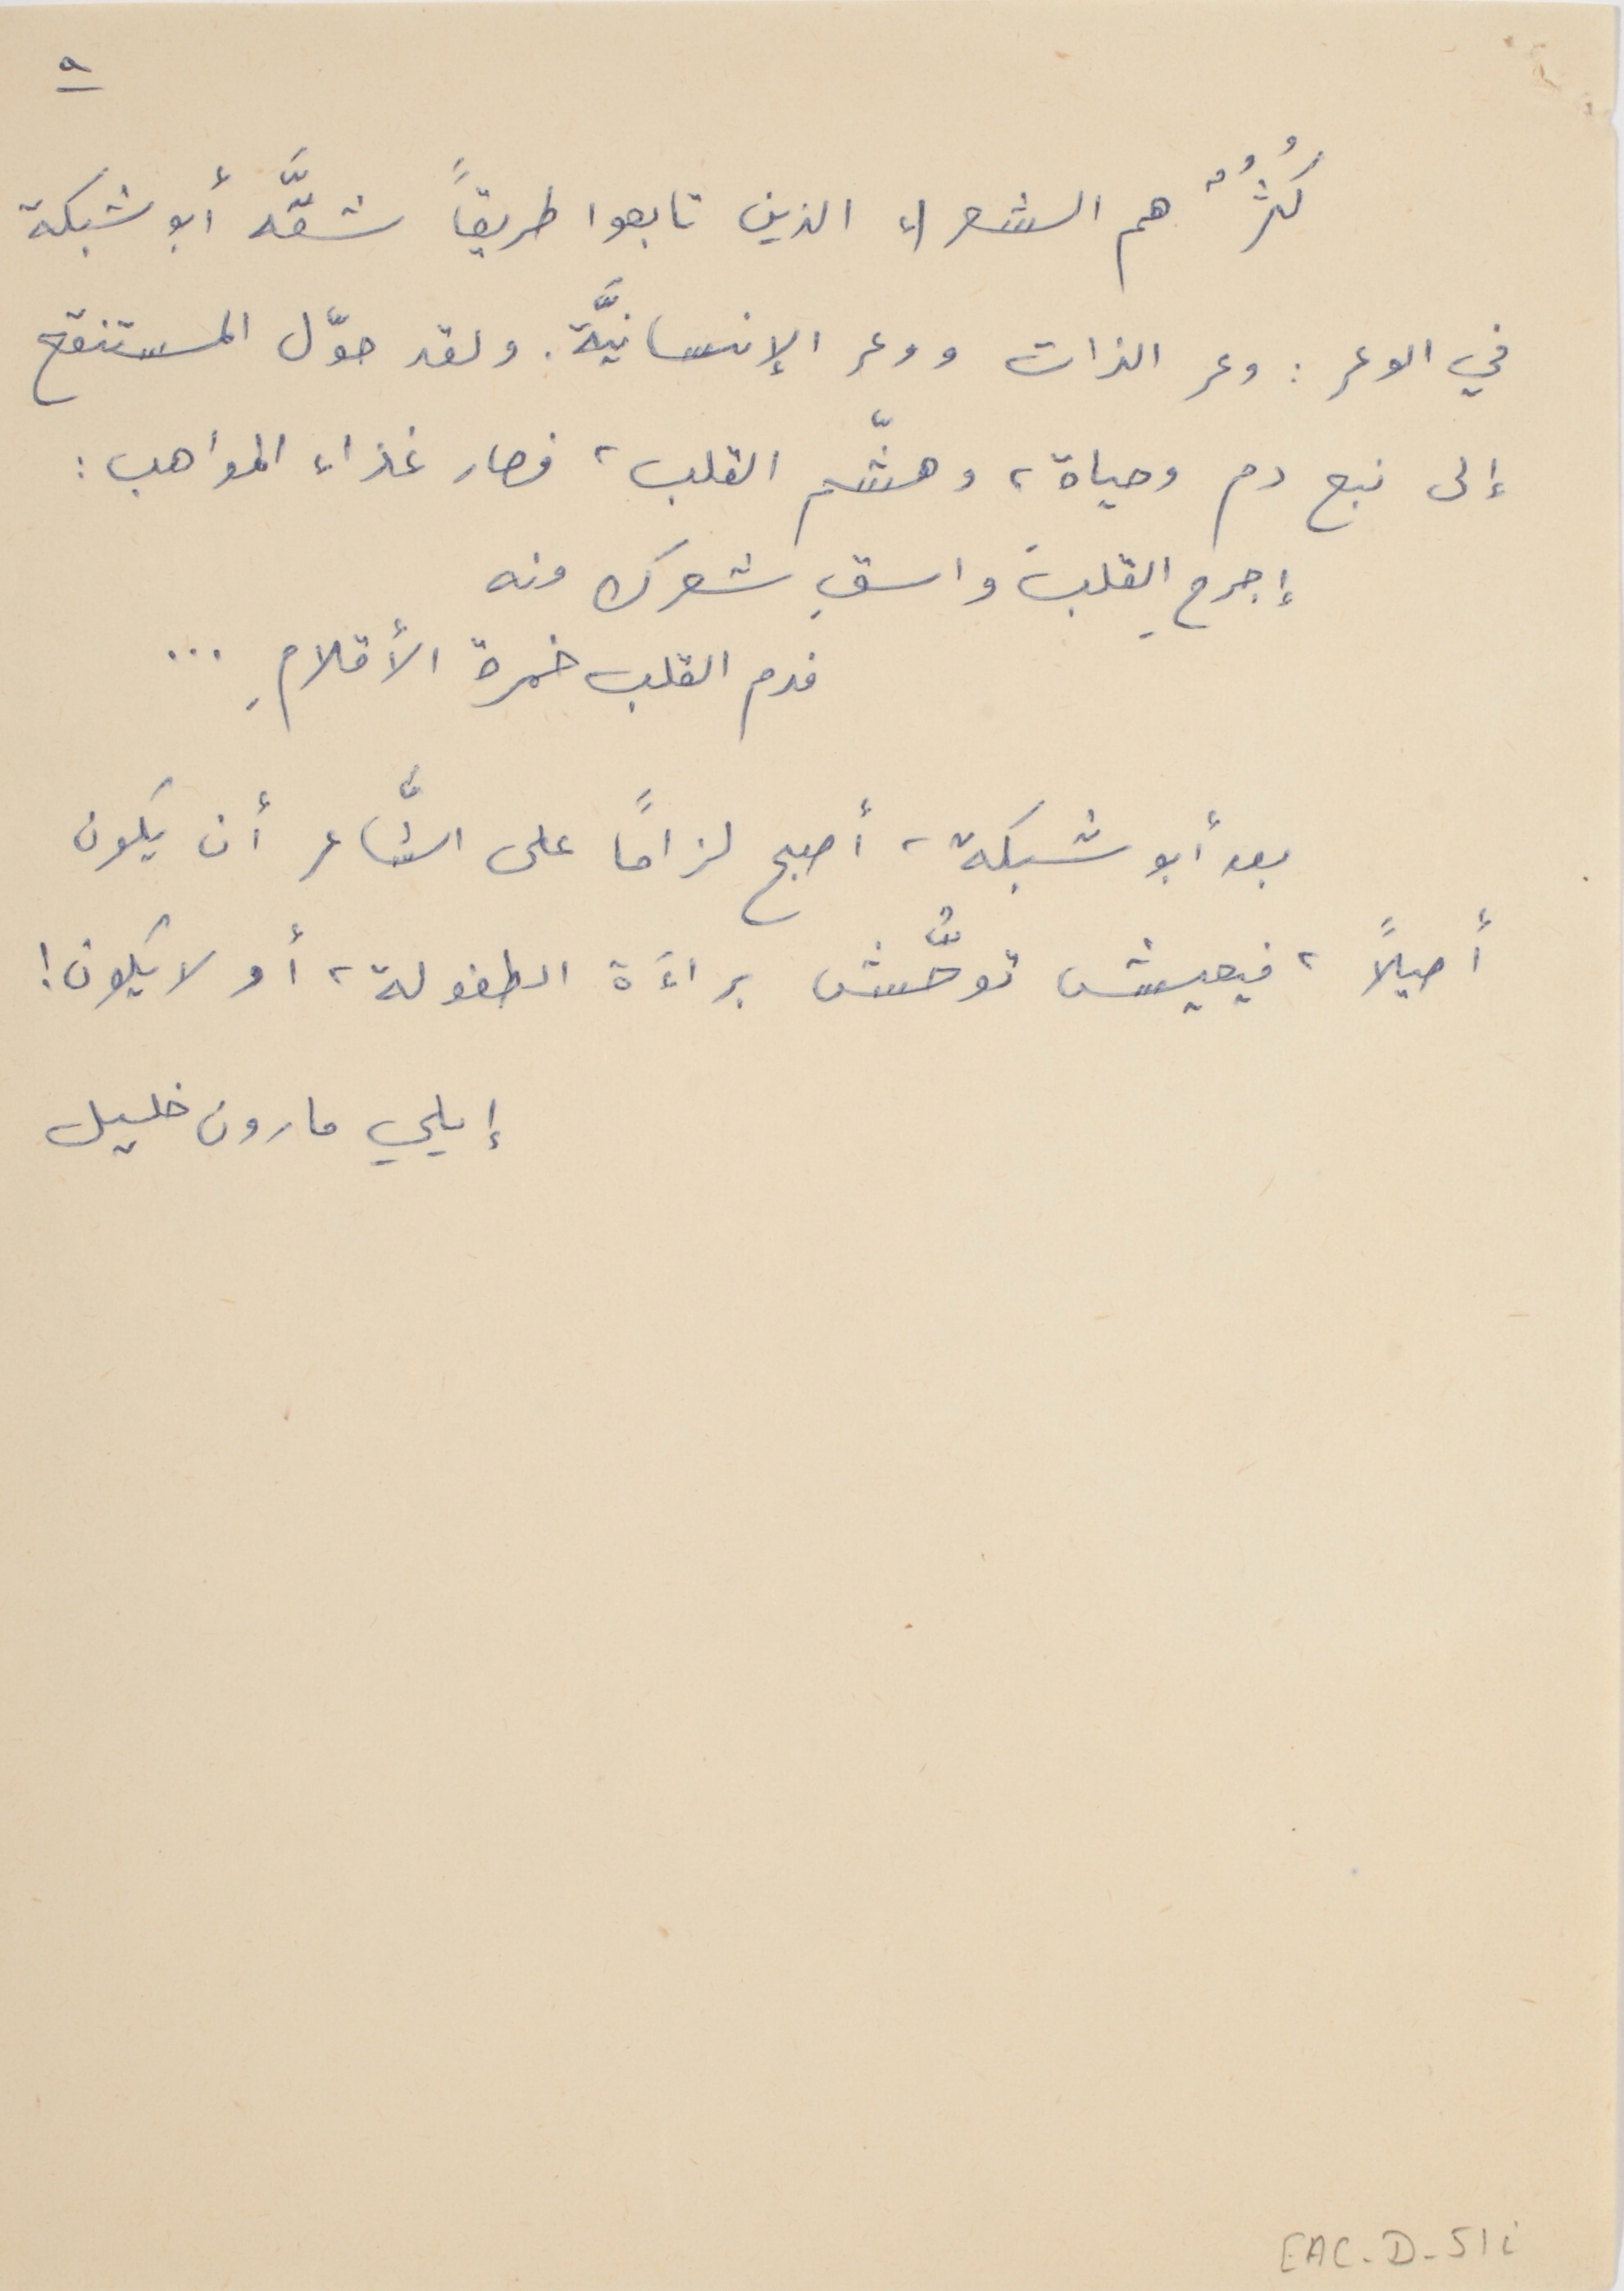
كُثُرٌ هم الشعراء الذين تابعوا طريقاً شقَّه أبو شبكة
في الوعر : وعر الذات ووعر الإنسانيَّة. ولقد حوّل المستنقع
إلى نبع دم وحياة، وهشّم القلب، فصار غذاء المواهب :
إجرحِ القلبَ واسقِ شعرك منه
فدم القلب خمرة الأقلامِ . . .
بعد أبو شبكة، أصبح لزاماً على الشَّاعر أن يكون
أصيلاً، فيعيش توحُّش براءَة الطفولة، أو لا يكون !
إيلي مارون خليل
EAC-D-51i
٩